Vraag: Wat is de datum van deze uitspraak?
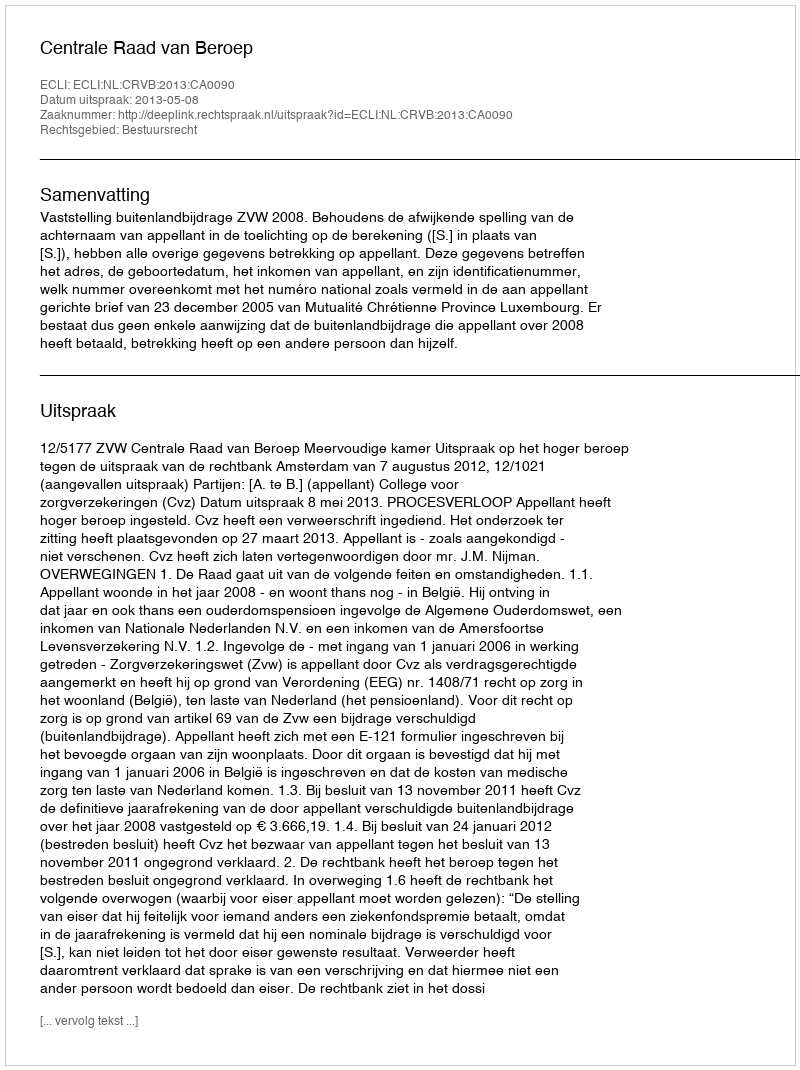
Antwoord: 2013-05-08